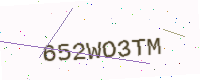
Text: 652WO3TM